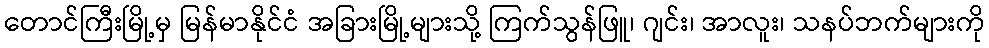
တောင်ကြီးမြို့မှ မြန်မာနိုင်ငံ အခြားမြို့များသို့ ကြက်သွန်ဖြူ၊ ဂျင်း၊ အာလူး၊ သနပ်ဘက်များကို